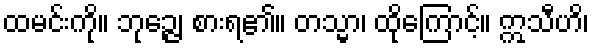
ထမင်းကို။ ဘုဉ္ဇေ၊ စားရ၏။ တသ္မာ၊ ထိုကြောင့်။ ဣသီဟိ၊